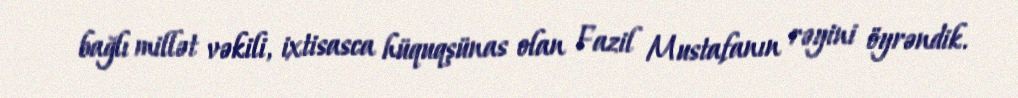
bağlı millət vəkili, ixtisasca hüquqşünas olan Fazil Mustafanın rəyini öyrəndik.